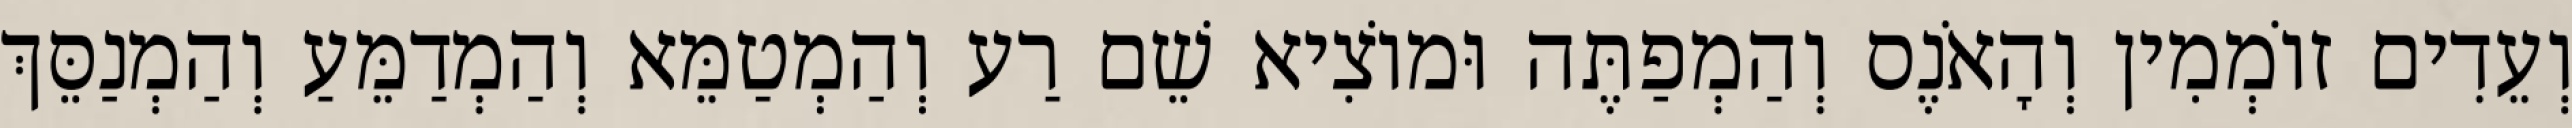
וְעֵדִים זוֹמְמִין וְהָאֹנֶס וְהַמְפַתֶּה וּמוֹצִיא שֵׁם רַע וְהַמְטַמֵּא וְהַמְדַמֵּעַ וְהַמְנַסֵּךְ